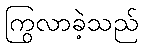
ကြွလာခဲ့သည်